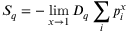
S _ { q } = - \operatorname* { l i m } _ { x \rightarrow 1 } D _ { q } \sum _ { i } p _ { i } ^ { x }